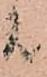
は